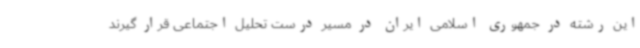
این رشته در جمهوری اسلامی ایران در مسیر درست تحلیل اجتماعی قرار گیرند